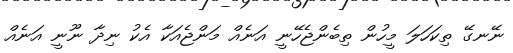
ނޭނގޭ ތިކަހަލަ މީހުން ތިބެންޖެހޭނީ އަނެއް މަންޖެއަކާ އެކު ނިދާ ނޫނީ އަނެއް